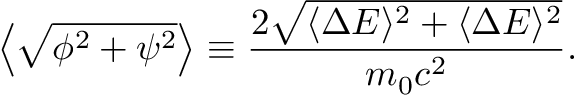
\left\langle \sqrt { \phi ^ { 2 } + \psi ^ { 2 } } \right\rangle \equiv \frac { 2 \sqrt { \langle \Delta E \rangle ^ { 2 } + \langle \Delta E \rangle ^ { 2 } } } { m _ { 0 } c ^ { 2 } } .